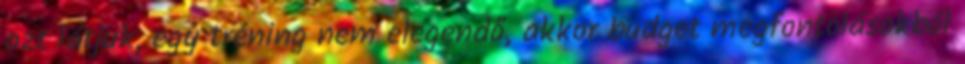
azt látjuk, egy tréning nem elegendő, akkor budget megfontolásokból